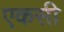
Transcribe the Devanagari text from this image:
एकसी